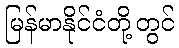
မြန်မာနိုင်ငံတို့တွင်